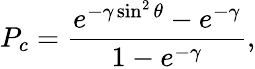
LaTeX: P_{c}={\frac{e^{-\gamma\sin^{2}\theta}-e^{-\gamma}}{1-e^{-\gamma}}},